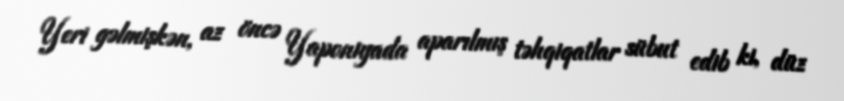
Yeri gəlmişkən, az öncə Yaponiyada aparılmış təhqiqatlar sübut edib ki, düz